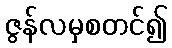
ဇွန်လမှစတင်၍